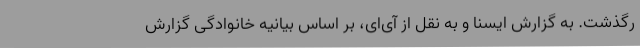
رگذشت. به گزارش ایسنا و به نقل از آی‌ای، بر اساس بیانیه خانوادگی گزارش